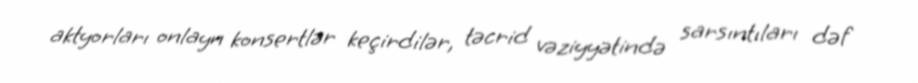
aktyorları onlayn konsertlər keçirdilər, təcrid vəziyyətində sarsıntıları dəf